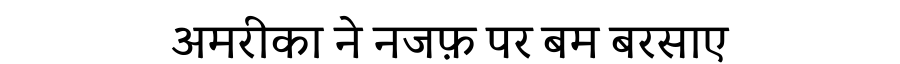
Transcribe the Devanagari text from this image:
अमरीका ने नजफ़ पर बम बरसाए